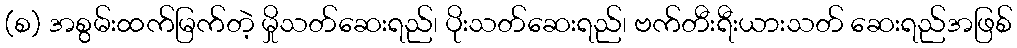
(စ) အစွမ်းထက်မြက်တဲ့ မှိုသတ်ဆေးရည်၊ ပိုးသတ်ဆေးရည်၊ ဗက်တီးရီးယားသတ် ဆေးရည်အဖြစ်